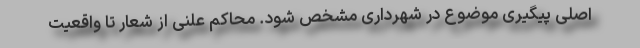
اصلی پیگیری موضوع در شهرداری مشخص شود. محاکم علنی از شعار تا واقعیت